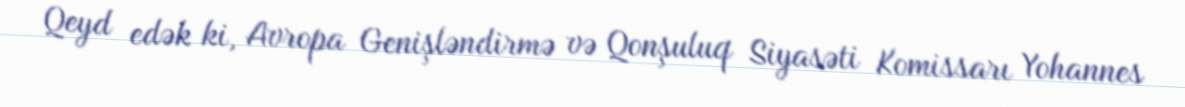
Qeyd edək ki, Avropa Genişləndirmə və Qonşuluq Siyasəti Komissarı Yohannes